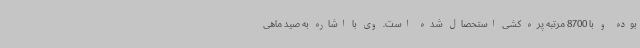
بوده و با 8700 مرتبه پره کشی استحصال شده است. وی با اشاره به صید ماهی